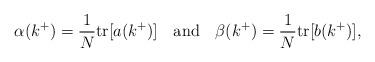
LaTeX: \begin{align*}\alpha (k^+) = \frac{1}{N}\mbox{tr} [a(k^+)] \hspace{4mm} \mbox{and} \hspace{4mm} \beta (k^+) = \frac{1}{N}\mbox{tr} [b(k^+)],\end{align*}